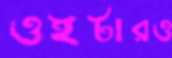
ওইটারও